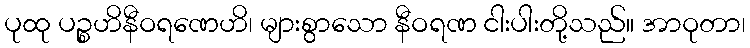
ပုထု ပဉ္စဟိနီဝရဏေဟိ၊ များစွာသော နီဝရဏ ငါးပါးတို့သည်။ အာဝုတာ၊